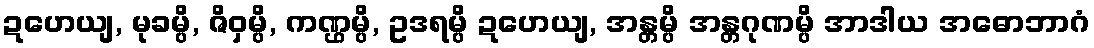
ဍဟေယျ, မုခမ္ပိ, ဇိဝှမ္ပိ, ကဏ္ဌမ္ပိ, ဥဒရမ္ပိ ဍဟေယျ, အန္တမ္ပိ အန္တဂုဏမ္ပိ အာဒါယ အဓောဘာဂံ